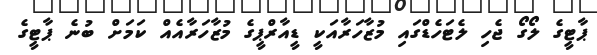
ޕާޓީގެ ލޯގޯ ޖެހި ލެޓަހެޑްގައި މުޒާހަރާއަކީ ޑީއާރްޕީގެ މުޒާހަރާއެއް ކަމަށް ބުނެ ޕާޓީގެ